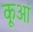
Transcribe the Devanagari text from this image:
कूआं